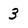
Character: 3